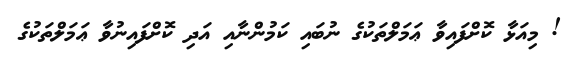
! މިއަޅާ ކޮށްފައިވާ ޢަމަލްތަކުގެ ނުބައި ކަމުންނާއި އަދި ކޮށްފައިނުވާ ޢަމަލްތަކުގެ